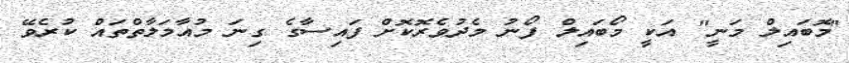
"މޮބައިލް މަނީ" އަކީ މޯބައިލް ފޯނު މެދުވެރޮކޮށް ފައިސާގެ ގިނަ މުއާމަލާތްތައް ކުރެވޭ